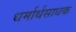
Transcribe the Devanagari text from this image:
धर्मार्थसाधक